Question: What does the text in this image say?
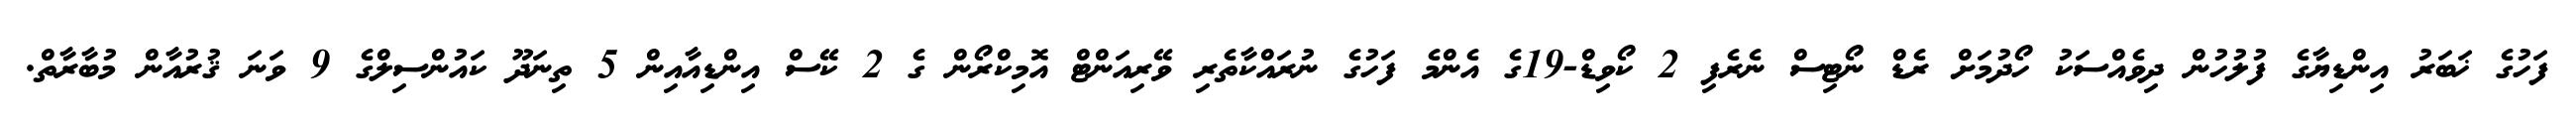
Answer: ފަހުގެ ޚަބަރު އިންޑިޔާގެ ފުލުހުން ދިވެއްސަކު ހޯދުމަށް ރެޑް ނޯޓިސް ނެރެފި 2 ކޯވިޑް-19ގެ އެންމެ ފަހުގެ ނުރައްކާތެރި ވޭރިއަންޓް އޮމިކްރޯން ގެ 2 ކޭސް އިންޑިއާއިން 5 ތިނަދޫ ކައުންސިލްގެ 9 ވަނަ ޤުރުއާން މުބާރާތް.